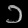
Digit: ၁